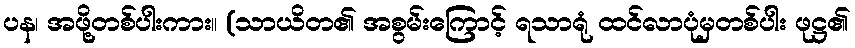
ပန၊ အဖို့တစ်ပါးကား။ (သာယိတ၏ အစွမ်းကြောင့် ရသာရုံ ထင်လာပုံမှတစ်ပါး ဖုဋ္ဌ၏